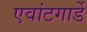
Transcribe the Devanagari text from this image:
एवांटगार्डे